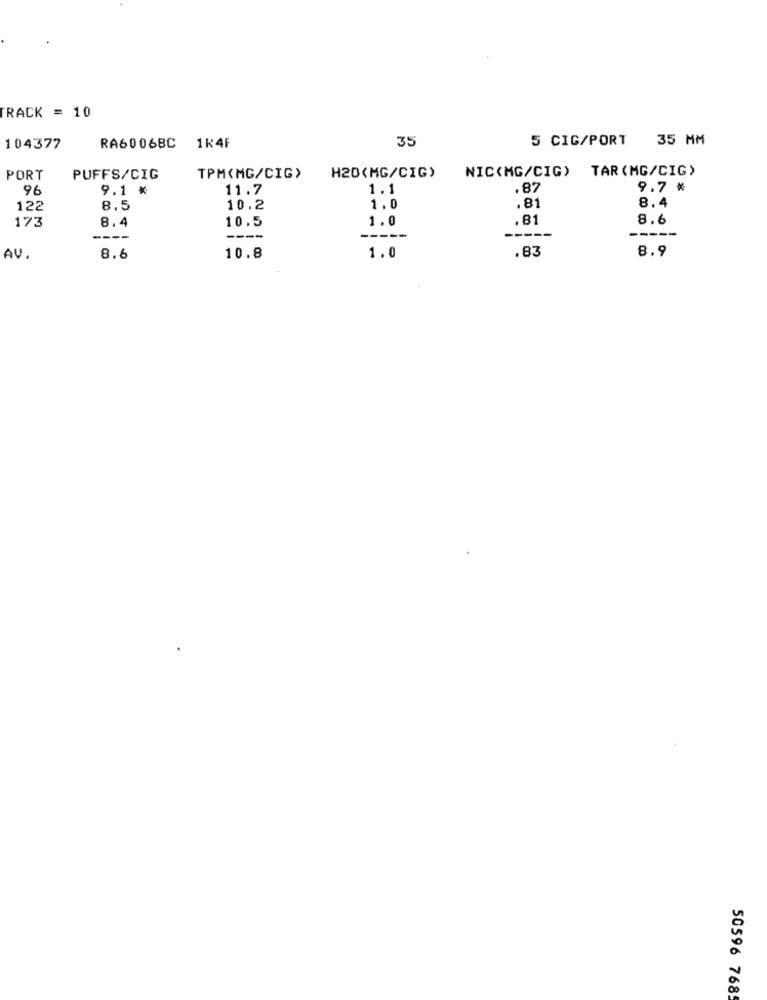
TRACK = 10
35
5 CIG/PORT 35 MM
104377
RA60068C
1 4F
NIC(MG/CIG) TAR (MG/CIG)
PORT
PUFFS/CIG
TPM(MG/CIG>
H20(MG/CIG)
96
9.1 *
11.7
1.1
.87
9.7 *
8.4
122
8.5
10.2
1.0
.81
8.4
10.5
1.0
.81
8.6
173
----
----
-----
----
.83
8.9
AV.
8.6
10.8
1.0
50596 7685